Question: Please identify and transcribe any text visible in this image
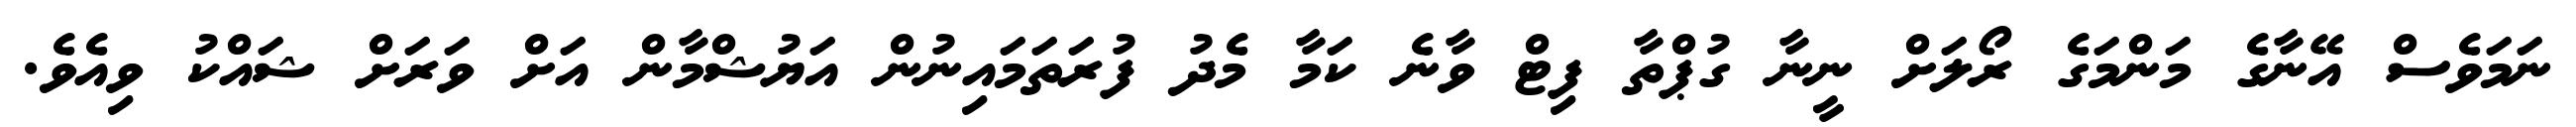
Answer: ނަމަވެސް އޭނާގެ މަންމަގެ ރޯލަށް ނީނާ ގުޕްތާ ފިޓް ވާނެ ކަމާ މެދު ފުރަތަމައިނުން އަޔުޝްމާން އަށް ވަރަށް ޝައްކު ވިއެވެ.